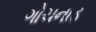
ગોચનાડ